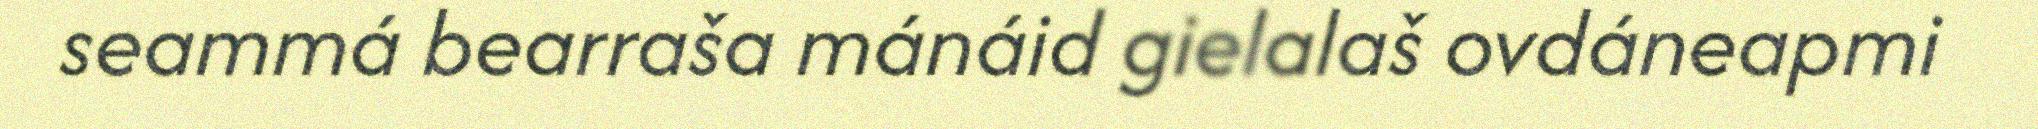
seammá bearraša mánáid gielalaš ovdáneapmi